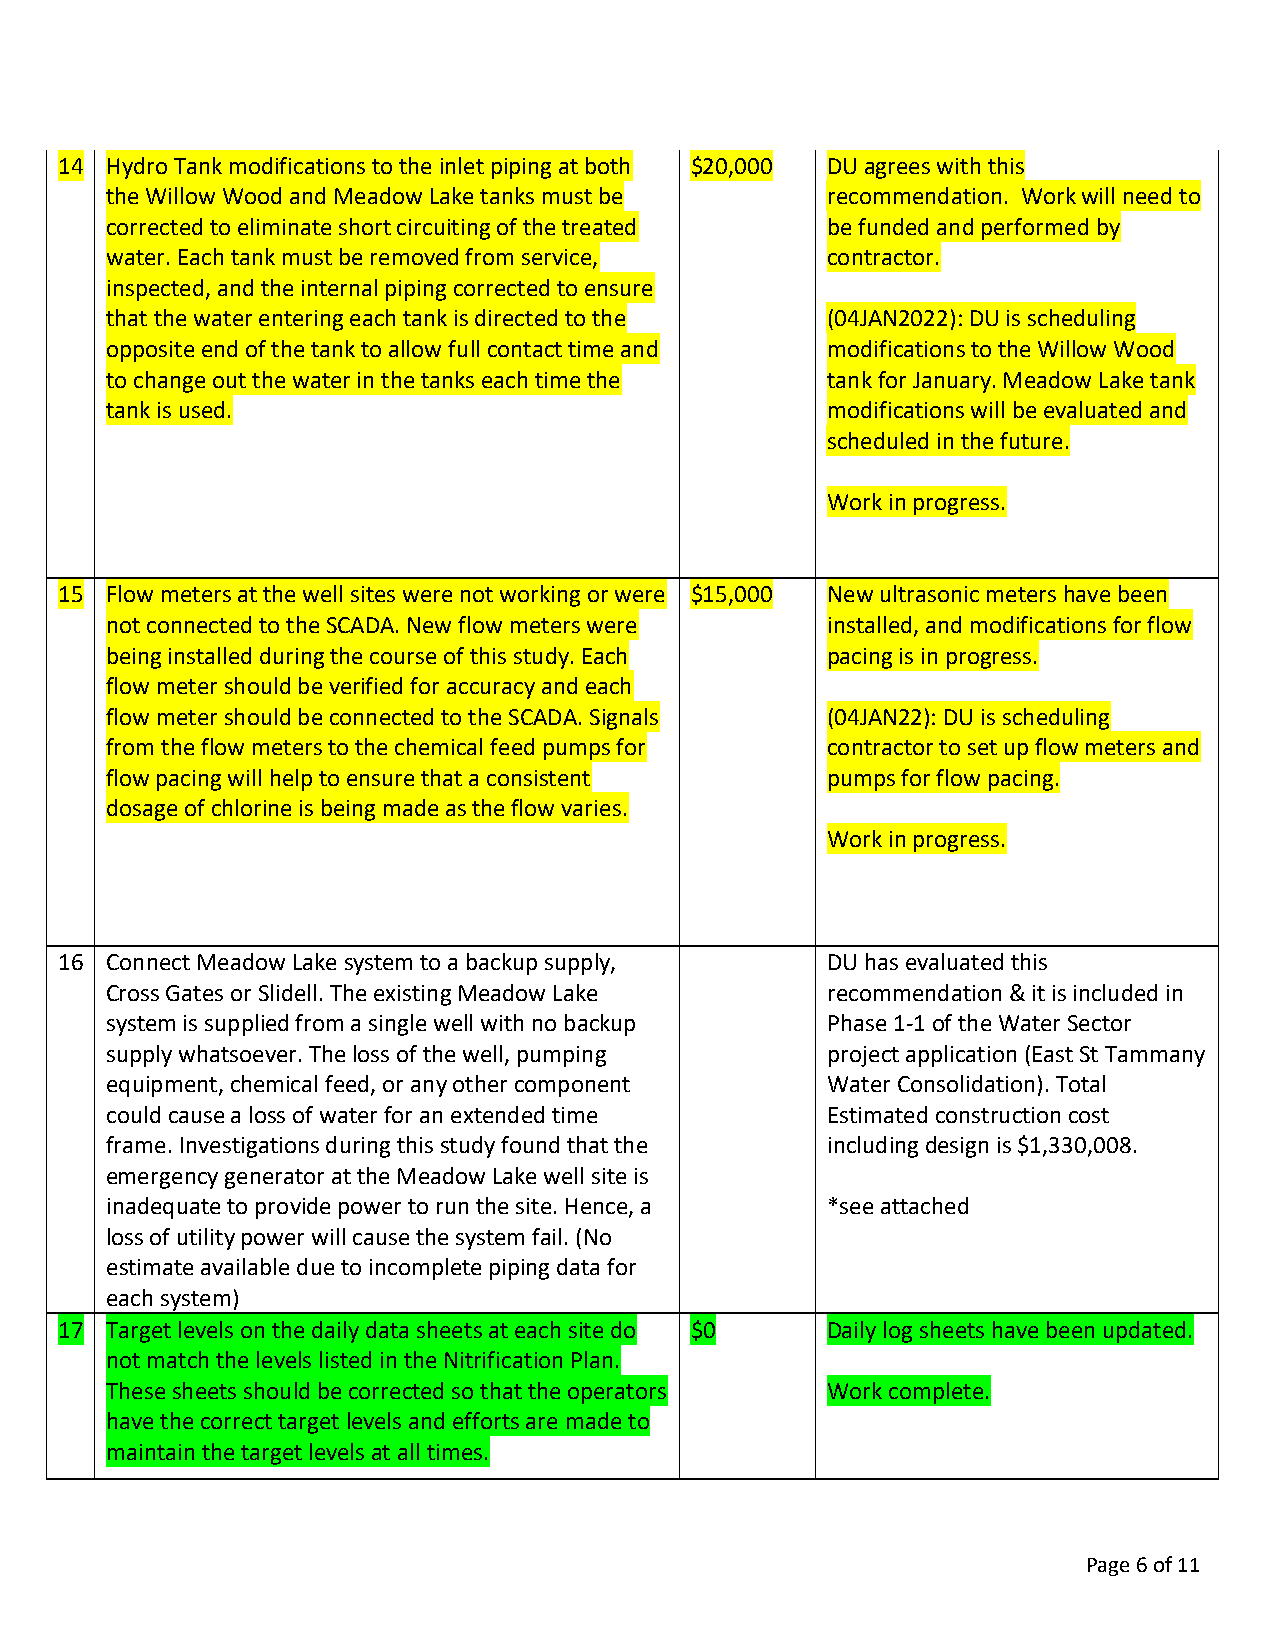
14 Hydro Tank modifications to the inlet piping at both $20,000 DU agrees with this
 the Willow Wood and Meadow Lake tanks must be   recommendation. Work will need to
 corrected to eliminate short circuiting of the treated be funded and performed by
 water. Each tank must be removed from service,  contractor.
 inspected, and the internal piping corrected to ensure
 that the water entering each tank is directed to the (04JAN2022): DU is scheduling
 opposite end of the tank to allow full contact time and modifications to the Willow Wood
 to change out the water in the tanks each time the tank for January. Meadow Lake tank
 tank is used.                                   modifications will be evaluated and
 scheduled in the future.
 Work in progress.
 15 Flow meters at the well sites were not working or were $15,000 New ultrasonic meters have been
 not connected to the SCADA. New flow meters were installed, and modifications for flow
 being installed during the course of this study. Each pacing is in progress.
 flow meter should be verified for accuracy and each
 flow meter should be connected to the SCADA. Signals (04JAN22): DU is scheduling
 from the flow meters to the chemical feed pumps for contractor to set up flow meters and
 flow pacing will help to ensure that a consistent pumps for flow pacing.
 dosage of chlorine is being made as the flow varies.
 Work in progress.
 16 Connect Meadow Lake system to a backup supply,  DU has evaluated this
 Cross Gates or Slidell. The existing Meadow Lake recommendation & it is included in
 system is supplied from a single well with no backup Phase 1-1 of the Water Sector
 supply whatsoever. The loss of the well, pumping project application (East St Tammany
 equipment, chemical feed, or any other component Water Consolidation). Total
 could cause a loss of water for an extended time Estimated construction cost
 frame. Investigations during this study found that the including design is $1,330,008.
 emergency generator at the Meadow Lake well site is
 inadequate to provide power to run the site. Hence, a *see attached
 loss of utility power will cause the system fail. (No
 estimate available due to incomplete piping data for
 each system)
 17 Target levels on the daily data sheets at each site do $0 Daily log sheets have been updated.
 not match the levels listed in the Nitrification Plan.
 These sheets should be corrected so that the operators Work complete.
 have the correct target levels and efforts are made to
 maintain the target levels at all times.
 Page 6 of 11